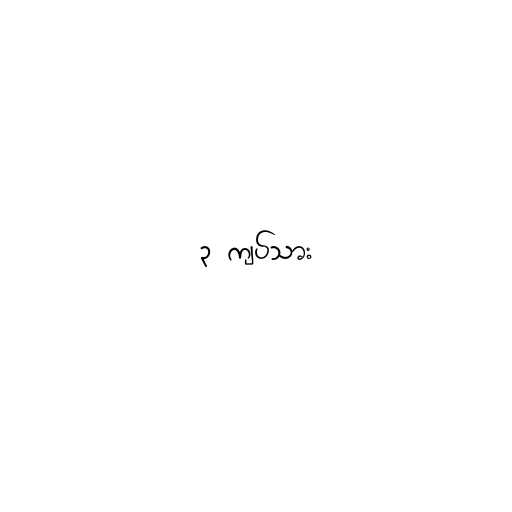
၃ ကျပ်သား